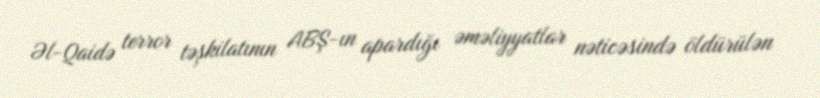
Əl-Qaidə terror təşkilatının ABŞ-ın apardığı əməliyyatlar nəticəsində öldürülən